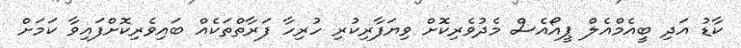
ކާޑު އަދި ބީއެމްއެލް ޕީއޯއެސް މެދުވެރިކޮށް ވިޔަފާރިކުރި ހުރިހާ ފަރާތްތަކެއް ބައިވެރިކޮށްފައިވާ ކަމަށް